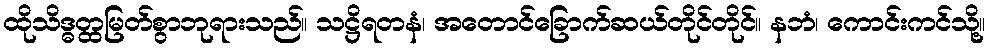
ထိုသိဒ္ဓတ္ထမြတ်စွာဘုရားသည်။ သဋ္ဌိရတနံ၊ အတောင်ခြောက်ဆယ်တိုင်တိုင်။ နဘံ၊ ကောင်းကင်သို့။